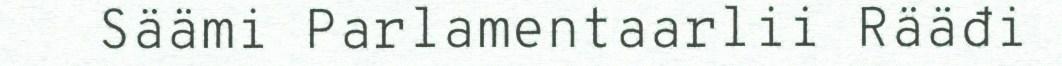
Säämi Parlamentaarlii Rääđi